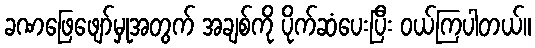
ခဏဖြေဖျော်မှုအတွက် အချစ်ကို ပိုက်ဆံပေးပြီး ဝယ်ကြပါတယ်။